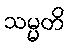
သမ္မတိ